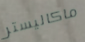
ماكاليستر